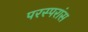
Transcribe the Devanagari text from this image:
परस्परांस